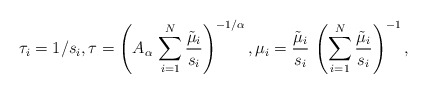
\begin{align*}\tau_{i} = 1/s_{i},\tau = \left(A_{\alpha}\,\sum\limits_{i=1}^N \frac{\tilde{\mu}_i}{s_i}\right)^{-1/\alpha},\mu_{i} = \frac{\tilde{\mu}_i}{s_i}\,\left(\sum\limits_{i=1}^N \frac{\tilde{\mu}_i}{s_i}\right)^{-1},\end{align*}